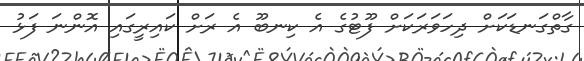
ގާތްގަނޑަކަށް ދިހަވަރަކަށް ފޫޓުގެ އެ ކިނބޫ އެ ރަށް ކައިރީގައި އޮންނަ ފަޅު